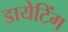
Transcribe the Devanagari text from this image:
डायेटिंग